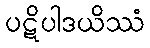
ပဋိပါဒယိဿံ